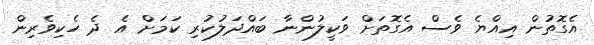
އެގޮތުން އިއްޔެ ވެސް އެގޮތަށް ވަކީލުންނާ ބައްދަލުކުރި ކަމަށް އެ ދެ ހެކިވެރިން